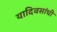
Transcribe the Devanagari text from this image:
यादिवसांची